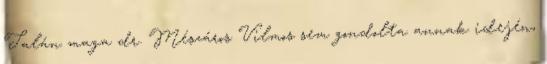
Talán maga dr. Mészáros Vilmos sem gondolta annak idején,